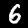
Digit: 6